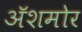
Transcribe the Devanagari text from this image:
अॅशमोर